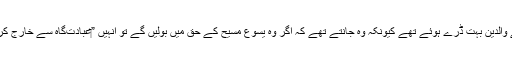
‏ اِس آدمی کے والدین بہت ڈرے ہوئے تھے کیونکہ وہ جانتے تھے کہ اگر وہ یسوع مسیح کے حق میں بولیں گے تو اُنہیں ”‏عبادت‌گاہ سے خارج کر دیا جائے گا۔